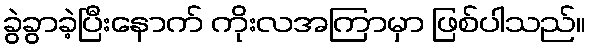
ခွဲခွာခဲ့ပြီးနောက် ကိုးလအကြာမှာ ဖြစ်ပါသည်။